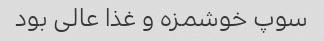
سوپ خوشمزه و غذا عالی بود